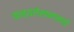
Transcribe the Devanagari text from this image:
काव्यलेखनासाठी